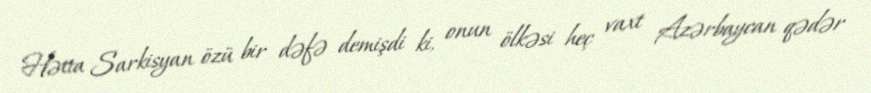
Hətta Sarkisyan özü bir dəfə demişdi ki, onun ölkəsi heç vaxt Azərbaycan qədər